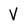
Character: V